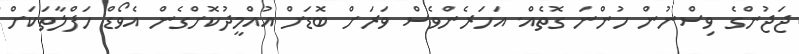
ޖަޖުންގެ ވިސްނުން ހުންނަ ގޮތެއް. އަހަރެންވެސް ވަރަށް ބޮޑަށް އުއްމީދުކޮށްގެން އެވޯޑް ހަފްލާތަކަށް